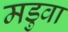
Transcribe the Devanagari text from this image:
मडुवा